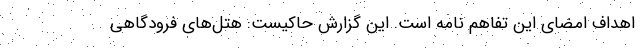
اهداف امضای این تفاهم نامه است. این گزارش حاکیست: هتل‌های فرودگاهی